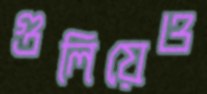
গুলিয়েও